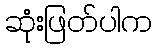
ဆုံးဖြတ်ပါက